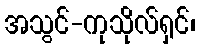
အသွင်-ကုသိုလ်ရှင်၊